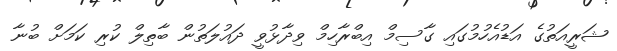
ޝަރީއަތުގެ އަޑުއެހުމުގައި ގާސިމް އިބްރާހިމް ވިދާޅުވީ ދައުލަތުން ބާތިލް ކުރި ކަމަށް ބުނާ